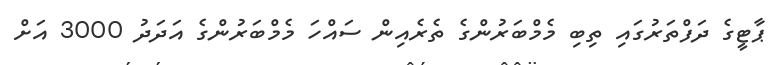
ޕާޓީގެ ދަފްތަރުގައި ތިބި މެމްބަރުންގެ ތެރެއިން ސައްހަ މެމްބަރުންގެ އަދަދު 3000 އަށް